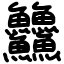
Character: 䲜